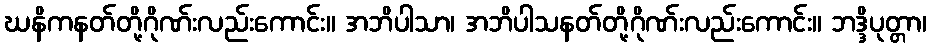
ဃနိကနတ်တို့ဂိုဏ်းလည်းကောင်း။ အဘိပါသာ၊ အဘိပါသနတ်တို့ဂိုဏ်းလည်းကောင်း။ ဘဒ္ဒိပုတ္တာ၊